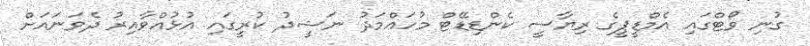
ގުނި ވޯޓްގައި އެމްޑީޕީގެ ރިޔާސީ ކެންޑިޑޭޓް މުހައްމަދު ނަޝީދު ކުރީގައި އުޅުއްވާއިރު ދެވަނައަށް